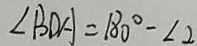
\angle B D A = 1 8 0 ^ { \circ } - \angle 2